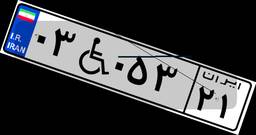
۰۳W۰۵۳۲۱